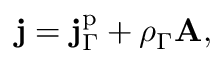
\mathbf { j } = \mathbf { j } _ { \Gamma } ^ { \mathrm { p } } + \rho _ { \Gamma } \mathbf { A } ,